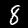
Digit: 8